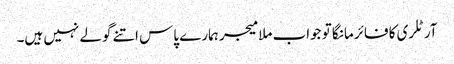
آرٹلری کا فائر مانگا تو جواب ملا میجر ہمارے پاس اتنے گولے نہیں ہیں۔